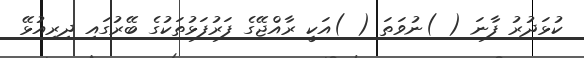
ކުޅަދުރު ފާނަ ( )ނުވަތަ ( )އަކީ ރާއްޖޭގެ ފަރުފަޅުތަކުގެ ބޭރުގައި ދިރިއުޅޭ